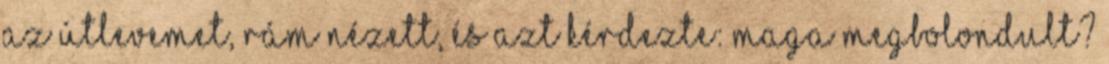
az útlevemet, rám nézett, és azt kérdezte: Maga megbolondult?